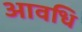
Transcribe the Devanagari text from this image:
आवधि